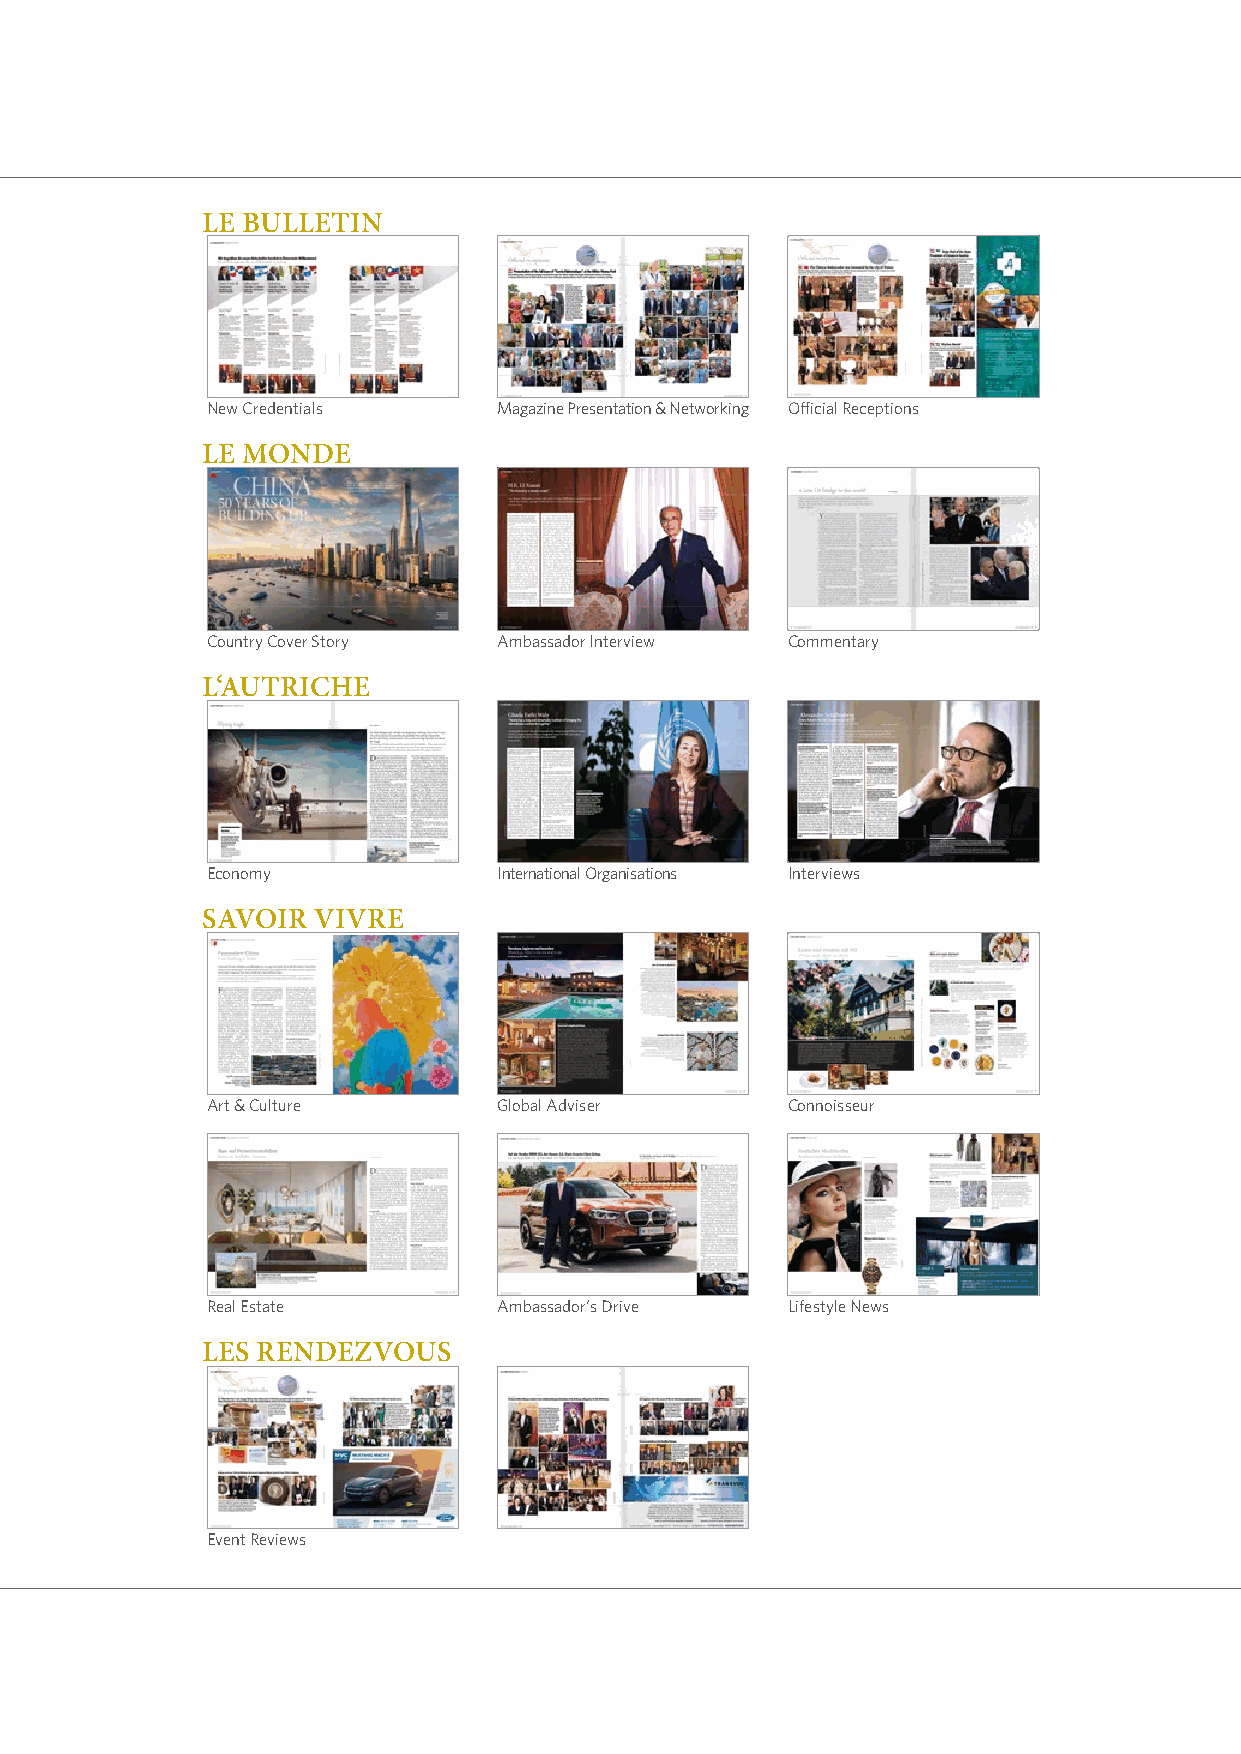
LE BULLETIN
 New Credentials    Magazine Presentation & Networking Official Receptions
 LE MONDE
 Country Cover Story Ambassador Interview Commentary
 L‘AUTRICHE
 Economy            International Organisations Interviews
 SAVOIR  VIVRE
 Art & Culture      Global Adviser     Connoisseur
 Real Estate        Ambassador‘s Drive Lifestyle News
 LES RENDEZVOUS
 Event Reviews